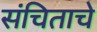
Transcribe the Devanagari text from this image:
संचिताचे